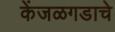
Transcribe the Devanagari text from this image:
केंजळगडाचे